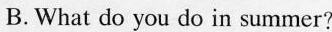
B. What do you do in summer?